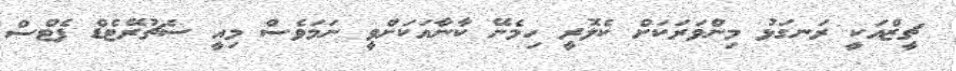
ޗީޒްއަކީ ރަނގަޅު މިންވަރަކަށް ކެލޮރީ ހިމެނޭ ކާނާއަކަށްވީ ނަމަވެސް މިއީ ސެޗުރޭޓެޑް ފެޓްސް